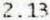
2.13